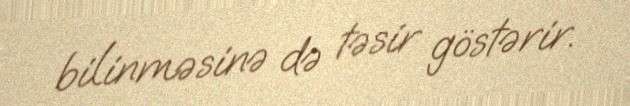
bilinməsinə də təsir göstərir.